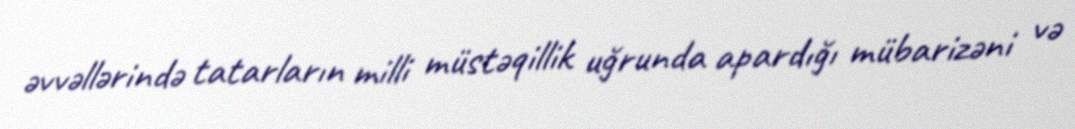
əvvəllərində tatarların milli müstəqillik uğrunda apardığı mübarizəni və